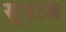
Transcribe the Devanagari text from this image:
सूत्राज